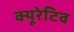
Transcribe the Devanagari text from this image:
क्यूरेटिव